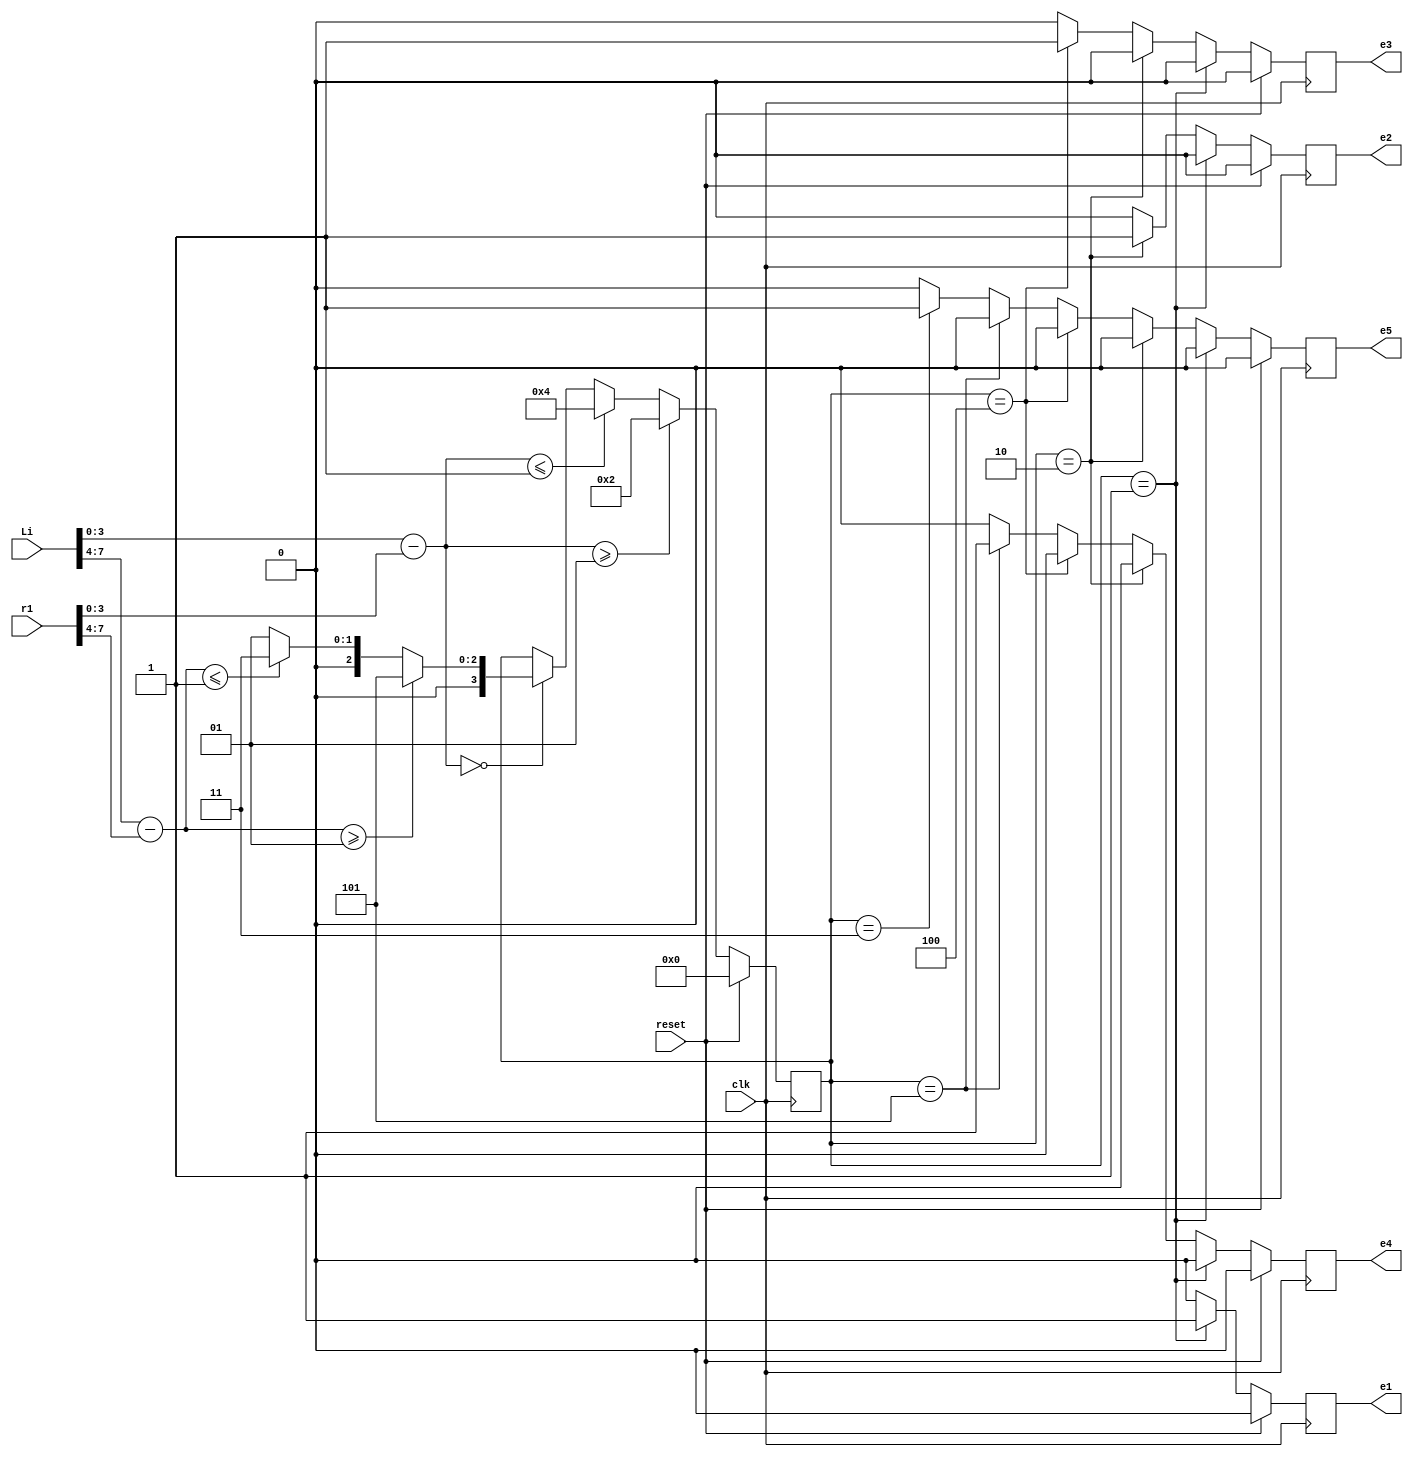
`timescale 1ns / 1ps
//////////////////////////////////////////////////////////////////////////////////
// Company: 
// Engineer: 
// 
// Design Name: 
// Module Name:    routec 
// Project Name: 
// Target Devices: 
// Tool versions: 
// Description: 
//
// Dependencies: 
//
// Revision: 
// Revision 0.01 - File Created
// Additional Comments: 
//
//////////////////////////////////////////////////////////////////////////////////
module routec( Li, e1,e2,e3,e4,e5, clk, reset, r1
		); //,);

input wire[7:0] Li;
//input wire[3:0] r1;
input clk, reset;
input wire[7:0] r1;
//input clk, rst;
//output [3:0] Lo, Eo, Wo, No, So;
//reg[3:0] port_num_next;
wire [3:0]  Lo, Eo, Wo, No, So;
output reg e1,e2,e3,e4,e5;
//output[7:0] out;

  assign Lo    =        4'd1;  
assign Eo  =          4'd2;
   assign No    =        4'd3;  
    assign Wo    =        4'd4;  
  assign So   =         4'd5;  
   //assign HDR_FLIT =  2'b10;
 //  assign BODY_FLIT = 2'b00;
  // assign  TAIL_FLIT = 2'b01;
	 
	localparam X_NODE_NUM                    =    4;
   localparam Y_NODE_NUM                    =    4;
   localparam X_NODE_NUM_WIDTH            =    4;
   localparam Y_NODE_NUM_WIDTH            =    4;
	//localparam X_S_Adress                  = 3'b00;
	//localparam Y_S_Adress                  = 3'b11;
	wire  [X_NODE_NUM_WIDTH-1        :0]    X_S_Adress;
	wire  [X_NODE_NUM_WIDTH-1        :0]    Y_S_Adress;
	// input   
	wire  [X_NODE_NUM_WIDTH-1        :0]    dest_x_node_in;
//    input  
	wire   [Y_NODE_NUM_WIDTH-1        :0]    dest_y_node_in;
	//output    [3:0]    port_num_out;
	reg [3:0]    port_num_next;
	// assign out=Li;
	 assign X_S_Adress=r1[3:0];
	 assign Y_S_Adress=r1[7:4];
    
	  wire signed [X_NODE_NUM_WIDTH        :0] xc;//current
    wire signed [X_NODE_NUM_WIDTH        :0] xd;//destination
    wire signed [Y_NODE_NUM_WIDTH        :0] yc;//current
    wire signed [Y_NODE_NUM_WIDTH        :0] yd;//destination
    wire signed [X_NODE_NUM_WIDTH        :0] xdiff;
    wire signed [Y_NODE_NUM_WIDTH        :0] ydiff;
    
	  assign dest_y_node_in=Li[7:4];
	 assign dest_x_node_in=Li[3:0];
	
	 
    assign     xc     =X_S_Adress [X_NODE_NUM_WIDTH-1        :0];
    assign     yc     =Y_S_Adress[Y_NODE_NUM_WIDTH-1        :0];
    assign    xd        =dest_x_node_in;
    assign    yd     = dest_y_node_in;
    assign     xdiff    = xd-xc;
    assign    ydiff    = yd-yc;
    
	 
    
   always@(posedge clk)
	begin
	if(reset)
	begin
	 port_num_next = 4'b0000;
	 end
	else if (xdiff>=1)      
			                begin
			                port_num_next    = Eo;
								  $display("Router Local R0 east port", port_num_next); 
								  end
			                
         else if(xdiff<=-1)      
			                   begin 
 									 port_num_next    = Wo;
									  $display("Router Local R0 west port", port_num_next);
			                   end
         else  if(xdiff==0)
                    			 begin 
                                 if  (ydiff>=1)    
											 begin    
											  port_num_next    = So;
											  $display("Router Local R0 south port", port_num_next);
											  end
				                    else if (ydiff<=-1)     
                     				 begin  
											  port_num_next    = No;
											    $display("Router Local R0 north port", port_num_next);
											 end
						             else 
                                   begin			 
			              port_num_next    = Lo; 
			              $display("Router Local R0 local port", port_num_next);
			              end
        
          end
			 
			end
	 
	 //assign    port_num_out= port_num_next;
	 always@(posedge clk)
	  begin
	 if(reset)
	 begin
	 e1=0; 
	 e2=0;
	 e3=0;
	 e4=0;
	 e5=0;
	 end
	else if(port_num_next== Lo)  begin 
	 e1=1; 
	 e2=0;
	 e3=0;
	 e4=0;
	 e5=0;
	// $display("value of local e1 %d", e1);
	 end
	else if (port_num_next== Eo) begin e1=0; 
	 e2=1;
	 e3=0;
	 e4=0;
	 e5=0;
	//  $display("value of local e2 %d", e2);
	 end
	else if (port_num_next==Wo) 
	begin 
	 e1=0; 
	 e2=0;
	 e3=1;
	 e4=0;
	 e5=0;
//	  $display("value of local e3 %d", e3);
	 end
	else if(port_num_next==So) begin e1=0; 
	 e2=0;
	 e3=0;
	 e4=1;
	 e5=0;
//	  $display("value of local e4 %d", e4);
	 end
 else    if(port_num_next==No)   begin 
    e1=0; 
	 e2=0;
	 e3=0;
	 e4=0;
	 e5=1;
//	  $display("value of local e5 %d", e5);
 end
 else
 begin 
    e1=0; 
	 e2=0;
	 e3=0;
	 e4=0;
	 e5=0;
	 
 end 
 end 
endmodule